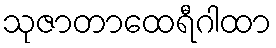
သုဇာတာထေရီဂါထာ